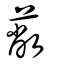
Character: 蔽